Some observations on the poison of the banded krait (Bungarus fasciatus) - Number 7
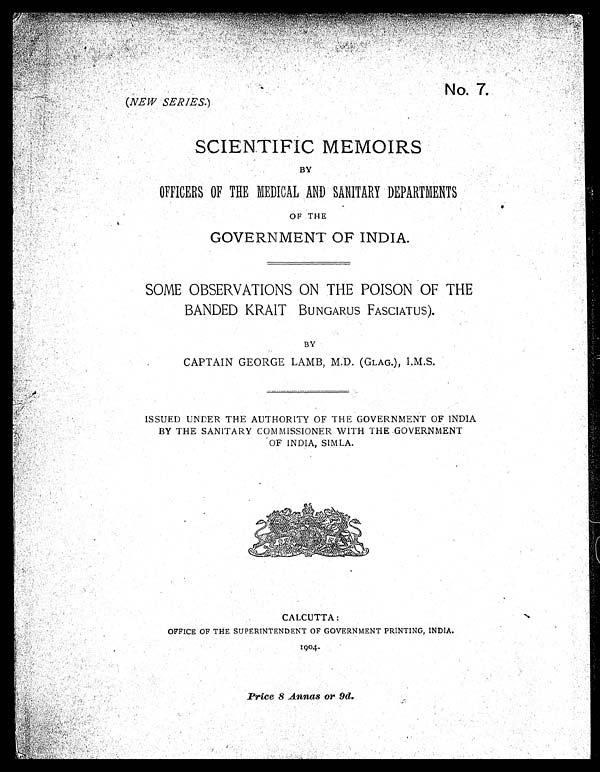
No. 7.
(NEW SERIES.)
SCIENTIFIC MEMOIRS
BY
OFFICERS OF THE MEDICAL AND SANITARY DEPARTMENTS
OF THE
GOVERNMENT OF INDIA.
SOME OBSERVATIONS ON THE POISON OF THE
BANDED KRAIT BUNGARUS FASCIATUS).
BY
CAPTAIN GEORGE LAMB, M.D. (GLAG.), I.M.S.
ISSUED UNDER THE AUTHORITY OF THE GOVERNMENT OF INDIA
BY THE SANITARY COMMISSIONER WITH THE GOVERNMENT
OF INDIA, SIMLA.
CALCUTTA:
OFFICE OF THE SUPERINTENDENT OF GOVERNMENT PRINTING, INDIA.
1904.
Price 8 Annas or 9d.